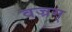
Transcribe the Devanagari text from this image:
वज्रम्